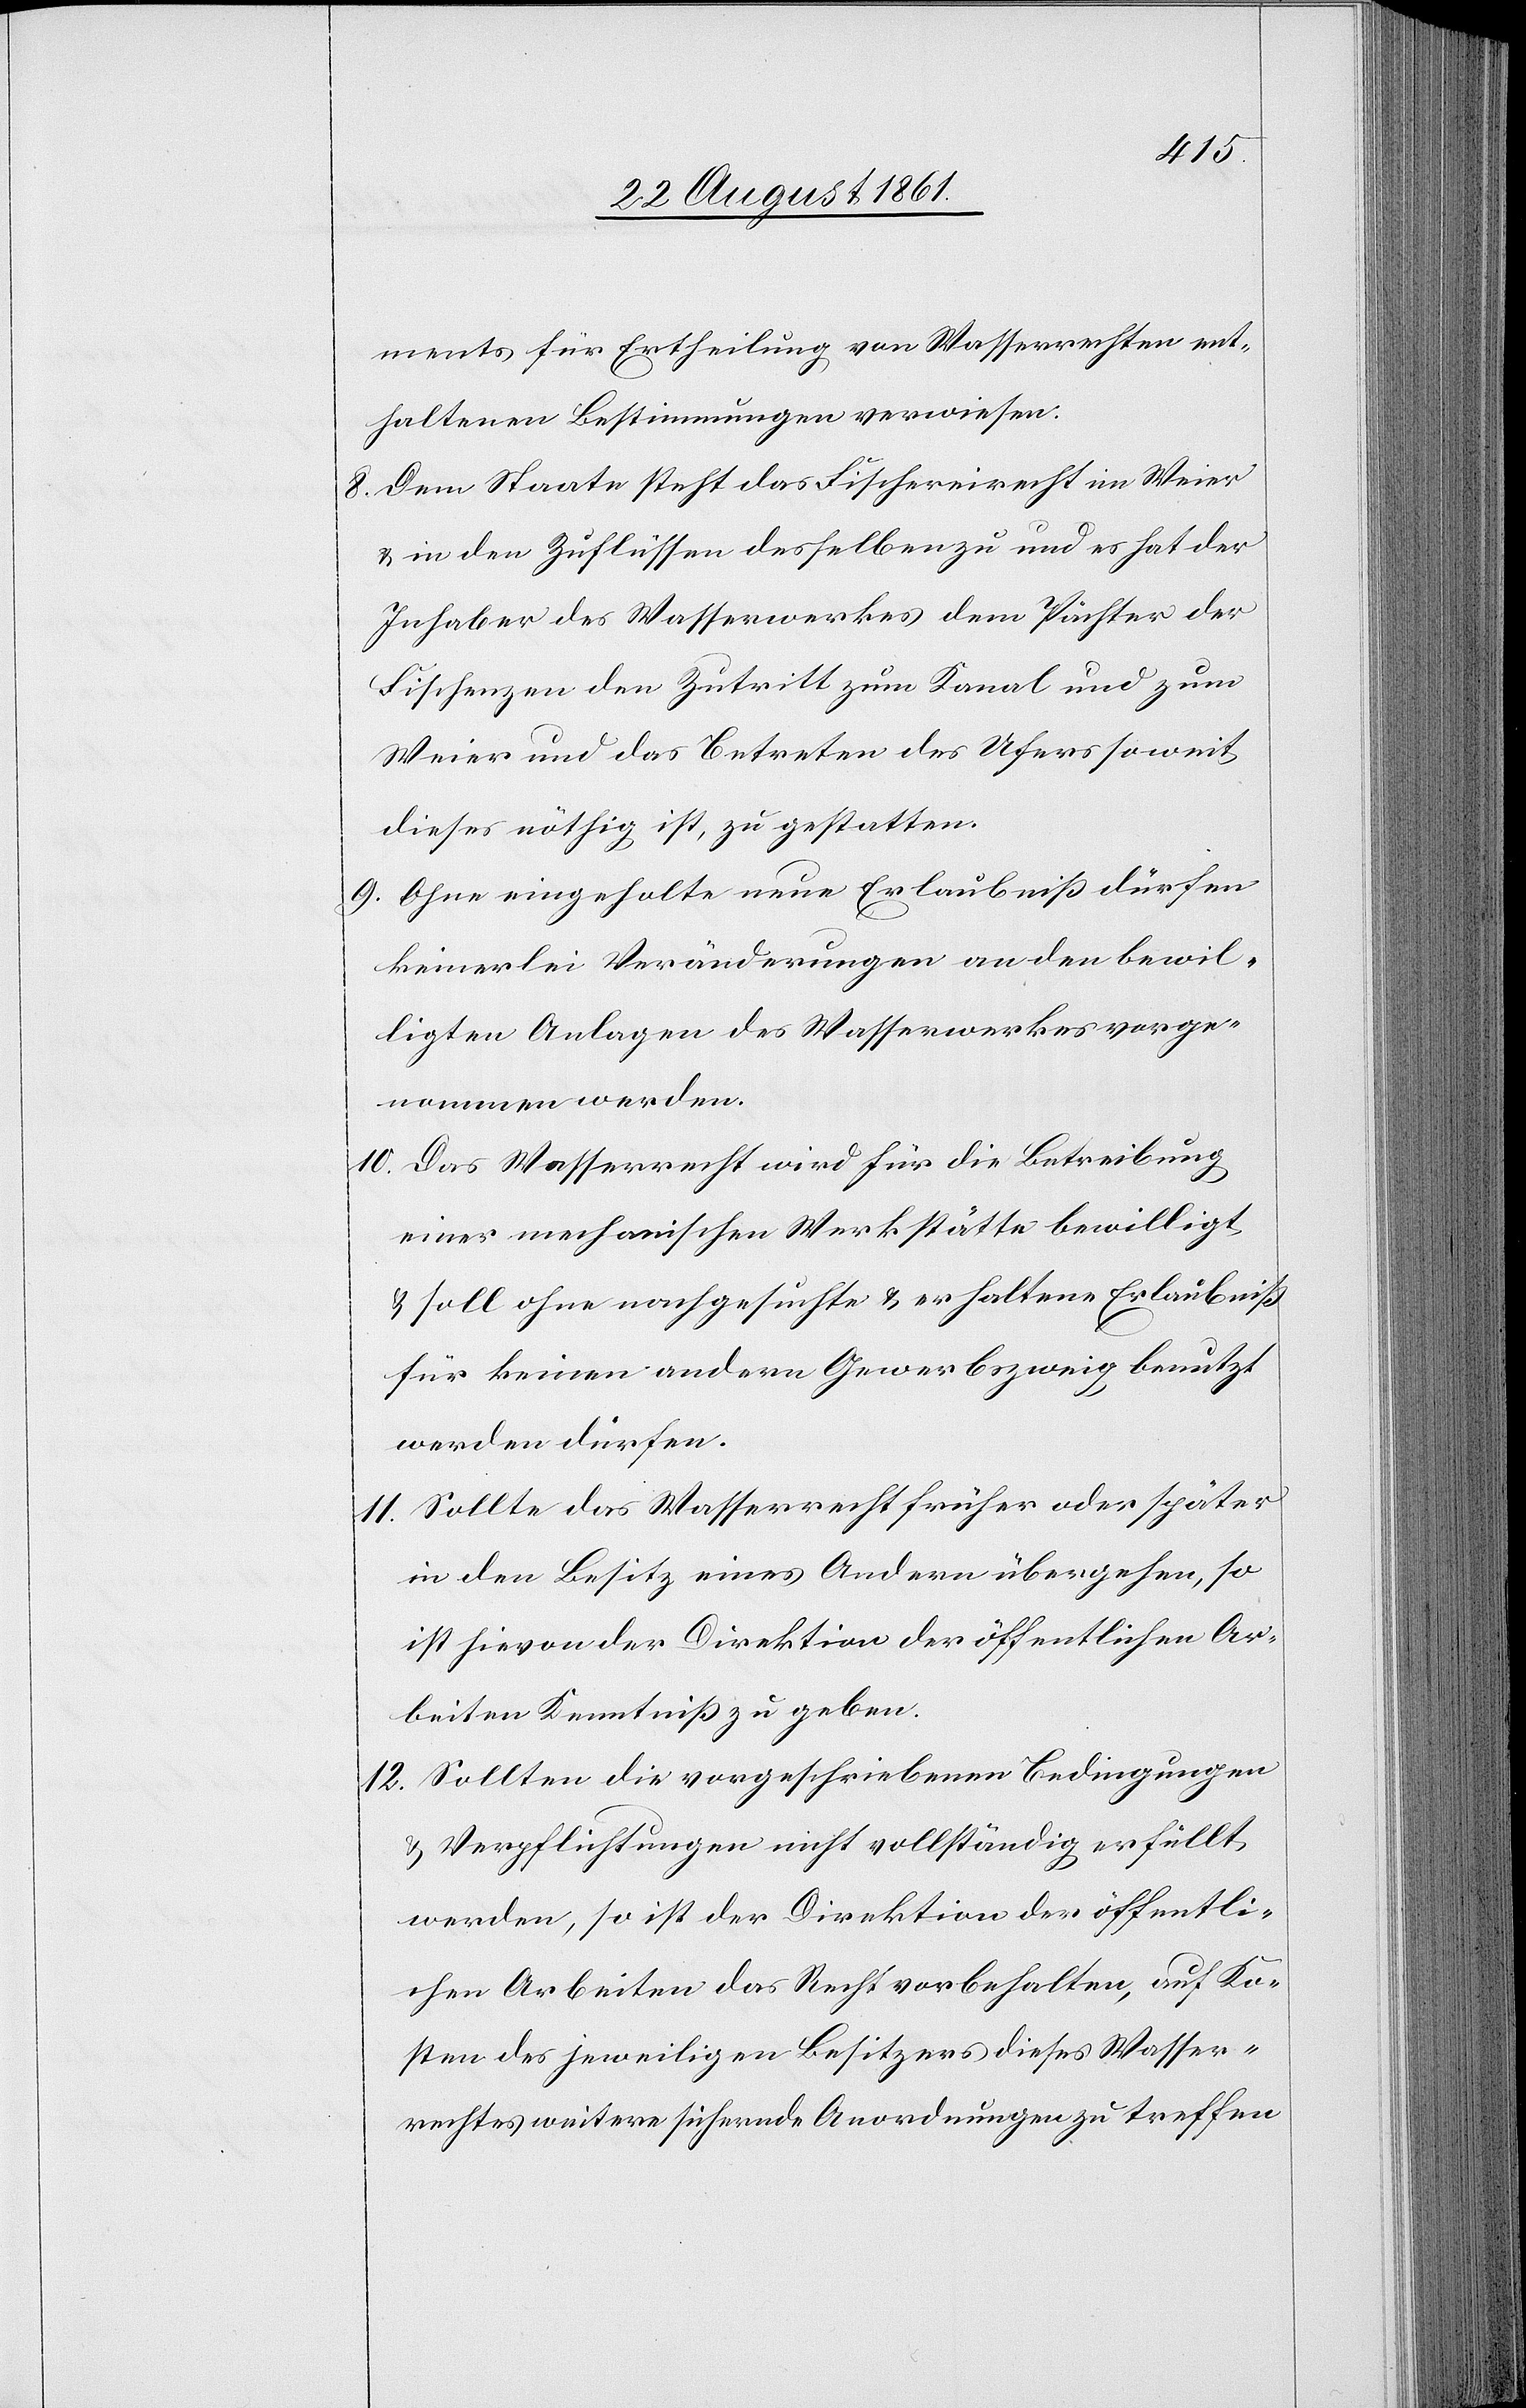
ments für Ertheilung von Wasserrechten ent¬
haltenen Bestimmungen verwiesen.
8. Dem Staate steht das Fischereirecht im Weier
u. in den Zuflüssen desselben zu und es hat der
Inhaber des Wasserwerkes dem Pächter der
Fischenzen den Zutritt zum Kanal und zum
Weier und das Benutzen des Ufers soweit
dieses nöthig ist, zu gestatten.
9. Ohne eingeholte neue Erlaubniß dürfen
keinerlei Veränderungen an den bewil¬
ligten Anlagen des Wasserwerkes vorge¬
nommen werden.
10. Das Wasserrecht wird für die Betreibung
einer mechanischen Werkstätte bewilligt
u. soll ohne nachgesuchte u. erhaltene Erlaubniß
für keinen andern Gewerbszweig benutzt
werden dürfen.
11. Sollte das Wasserrecht früher oder später
in den Besitz eines Andern übergehen, so
ist hievon der Direktion der öffentlichen Ar¬
beiten Kenntniß zu geben.
12. Sollten die vorgeschriebenen Bedingungen
u. Verpflichtungen nicht vollständig erfüllt
werden, so ist der Direktion der öffentli¬
chen Arbeiten das Recht vorbehalten, auf Ko¬
sten des jeweiligen Besitzers dieses Wasser¬
rechtes weitere sichernde Anordnungen zu treffen